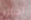
اشتر